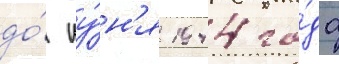
до́ иу́н'я 1944 го́да